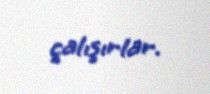
çalışırlar.